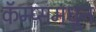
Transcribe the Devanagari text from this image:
कॅम्प्समधून